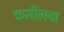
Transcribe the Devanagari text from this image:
कमीलया